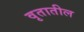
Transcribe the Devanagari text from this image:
वृतातील